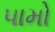
પામો